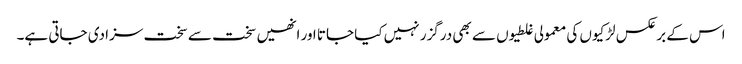
اس کے برعکس لڑکیوں کی معمولی غلطیوں سے بھی درگزر نہیں کیا جاتا اور انھیں سخت سے سخت سزا دی جاتی ہے۔